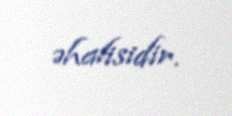
əhalisidir.